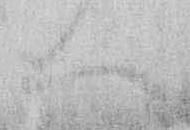
へ